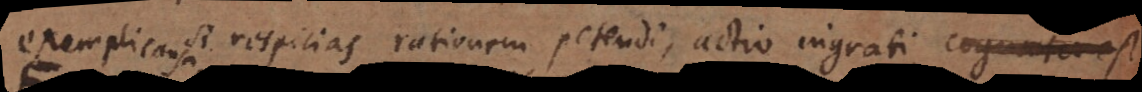
exempli causa si respicias rationem petendi, actio ingrati